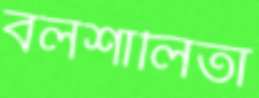
বলশালিতা